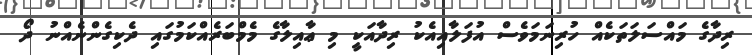
ރިދާގެ މައްސަލަތަކެއް ހުރިނަމަވެސް އުފަލާއިއެކު ރިދާއަކީ މި ޢާއިލާގެ މެމްބަރެއްކަމުގައި ދެކިގެންނެއްނު ދޯ